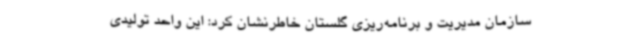
سازمان مدیریت و برنامه‌ریزی گلستان خاطرنشان کرد: این واحد تولیدی